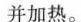
并加热。